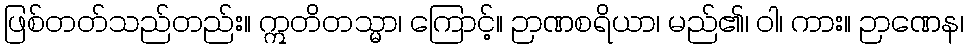
ဖြစ်တတ်သည်တည်း။ ဣတိတသ္မာ၊ ကြောင့်။ ဉာဏစရိယာ၊ မည်၏၊ ဝါ၊ ကား။ ဉာဏေန၊